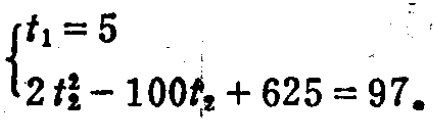
$\begin{cases}t_{1}=5\\2t_{2}^{2}-100t_{2}+625 = 97\end{cases}$